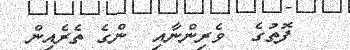
ފޮތުގެ  ވެރިންނާއި  ންގެ ތެރެއިން